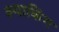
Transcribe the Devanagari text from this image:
क्याकिंग